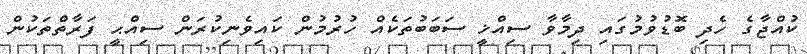
ކުއްޖާގެ ހެދި ބޮޑުވުމުގައި ދިމާވާ ސިއްޚީ ސަބަބުތަކެއް ހުރުމުން ކައިވެނިކުރަން ސިއްޙީ ފަރާތްތަކުން